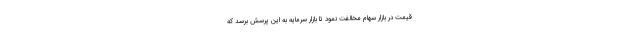
قیمت در بازار سهام مخالفت نمود تا بازار سرمایه به این پرسش برسد که